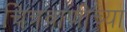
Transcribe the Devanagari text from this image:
चित्रवाणीच्या